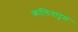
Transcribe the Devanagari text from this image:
कलियाट्टम